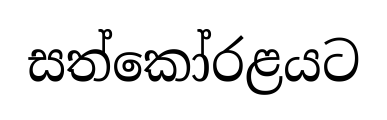
සත්කෝරළයට